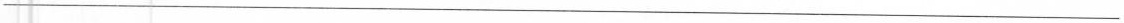
___